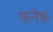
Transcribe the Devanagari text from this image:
फनेक